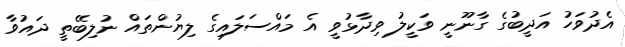
އެދުވަހު އަދީބުގެ ގާނޫނީ ވަކީލު ވިދާޅުވީ އެ މައްސަލައިގެ ލިޔުންތައް ނުލިބޭތީ ދައުވާ